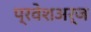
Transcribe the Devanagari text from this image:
प्रवेशअर्ज